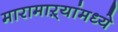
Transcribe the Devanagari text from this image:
मारामाऱ्यांमध्ये